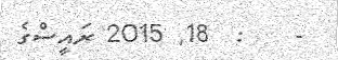
-    :  18